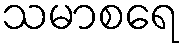
သမာစရေ